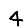
Digit: 4